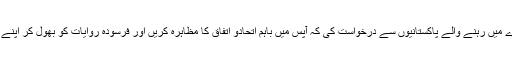
تقریب کے دوران سفیر پاکستان نے ناروے میں رہنے والے پاکستانیوں سے درخواست کی کہ آپس میں باہم اتحادو اتفاق کا مظاہرہ کریں اور فرسودہ روایات کو بھول کر اپنے آپ کومزید ترقی کی راہ پر گامزن کریں۔